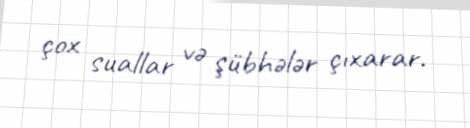
çox suallar və şübhələr çıxarar.